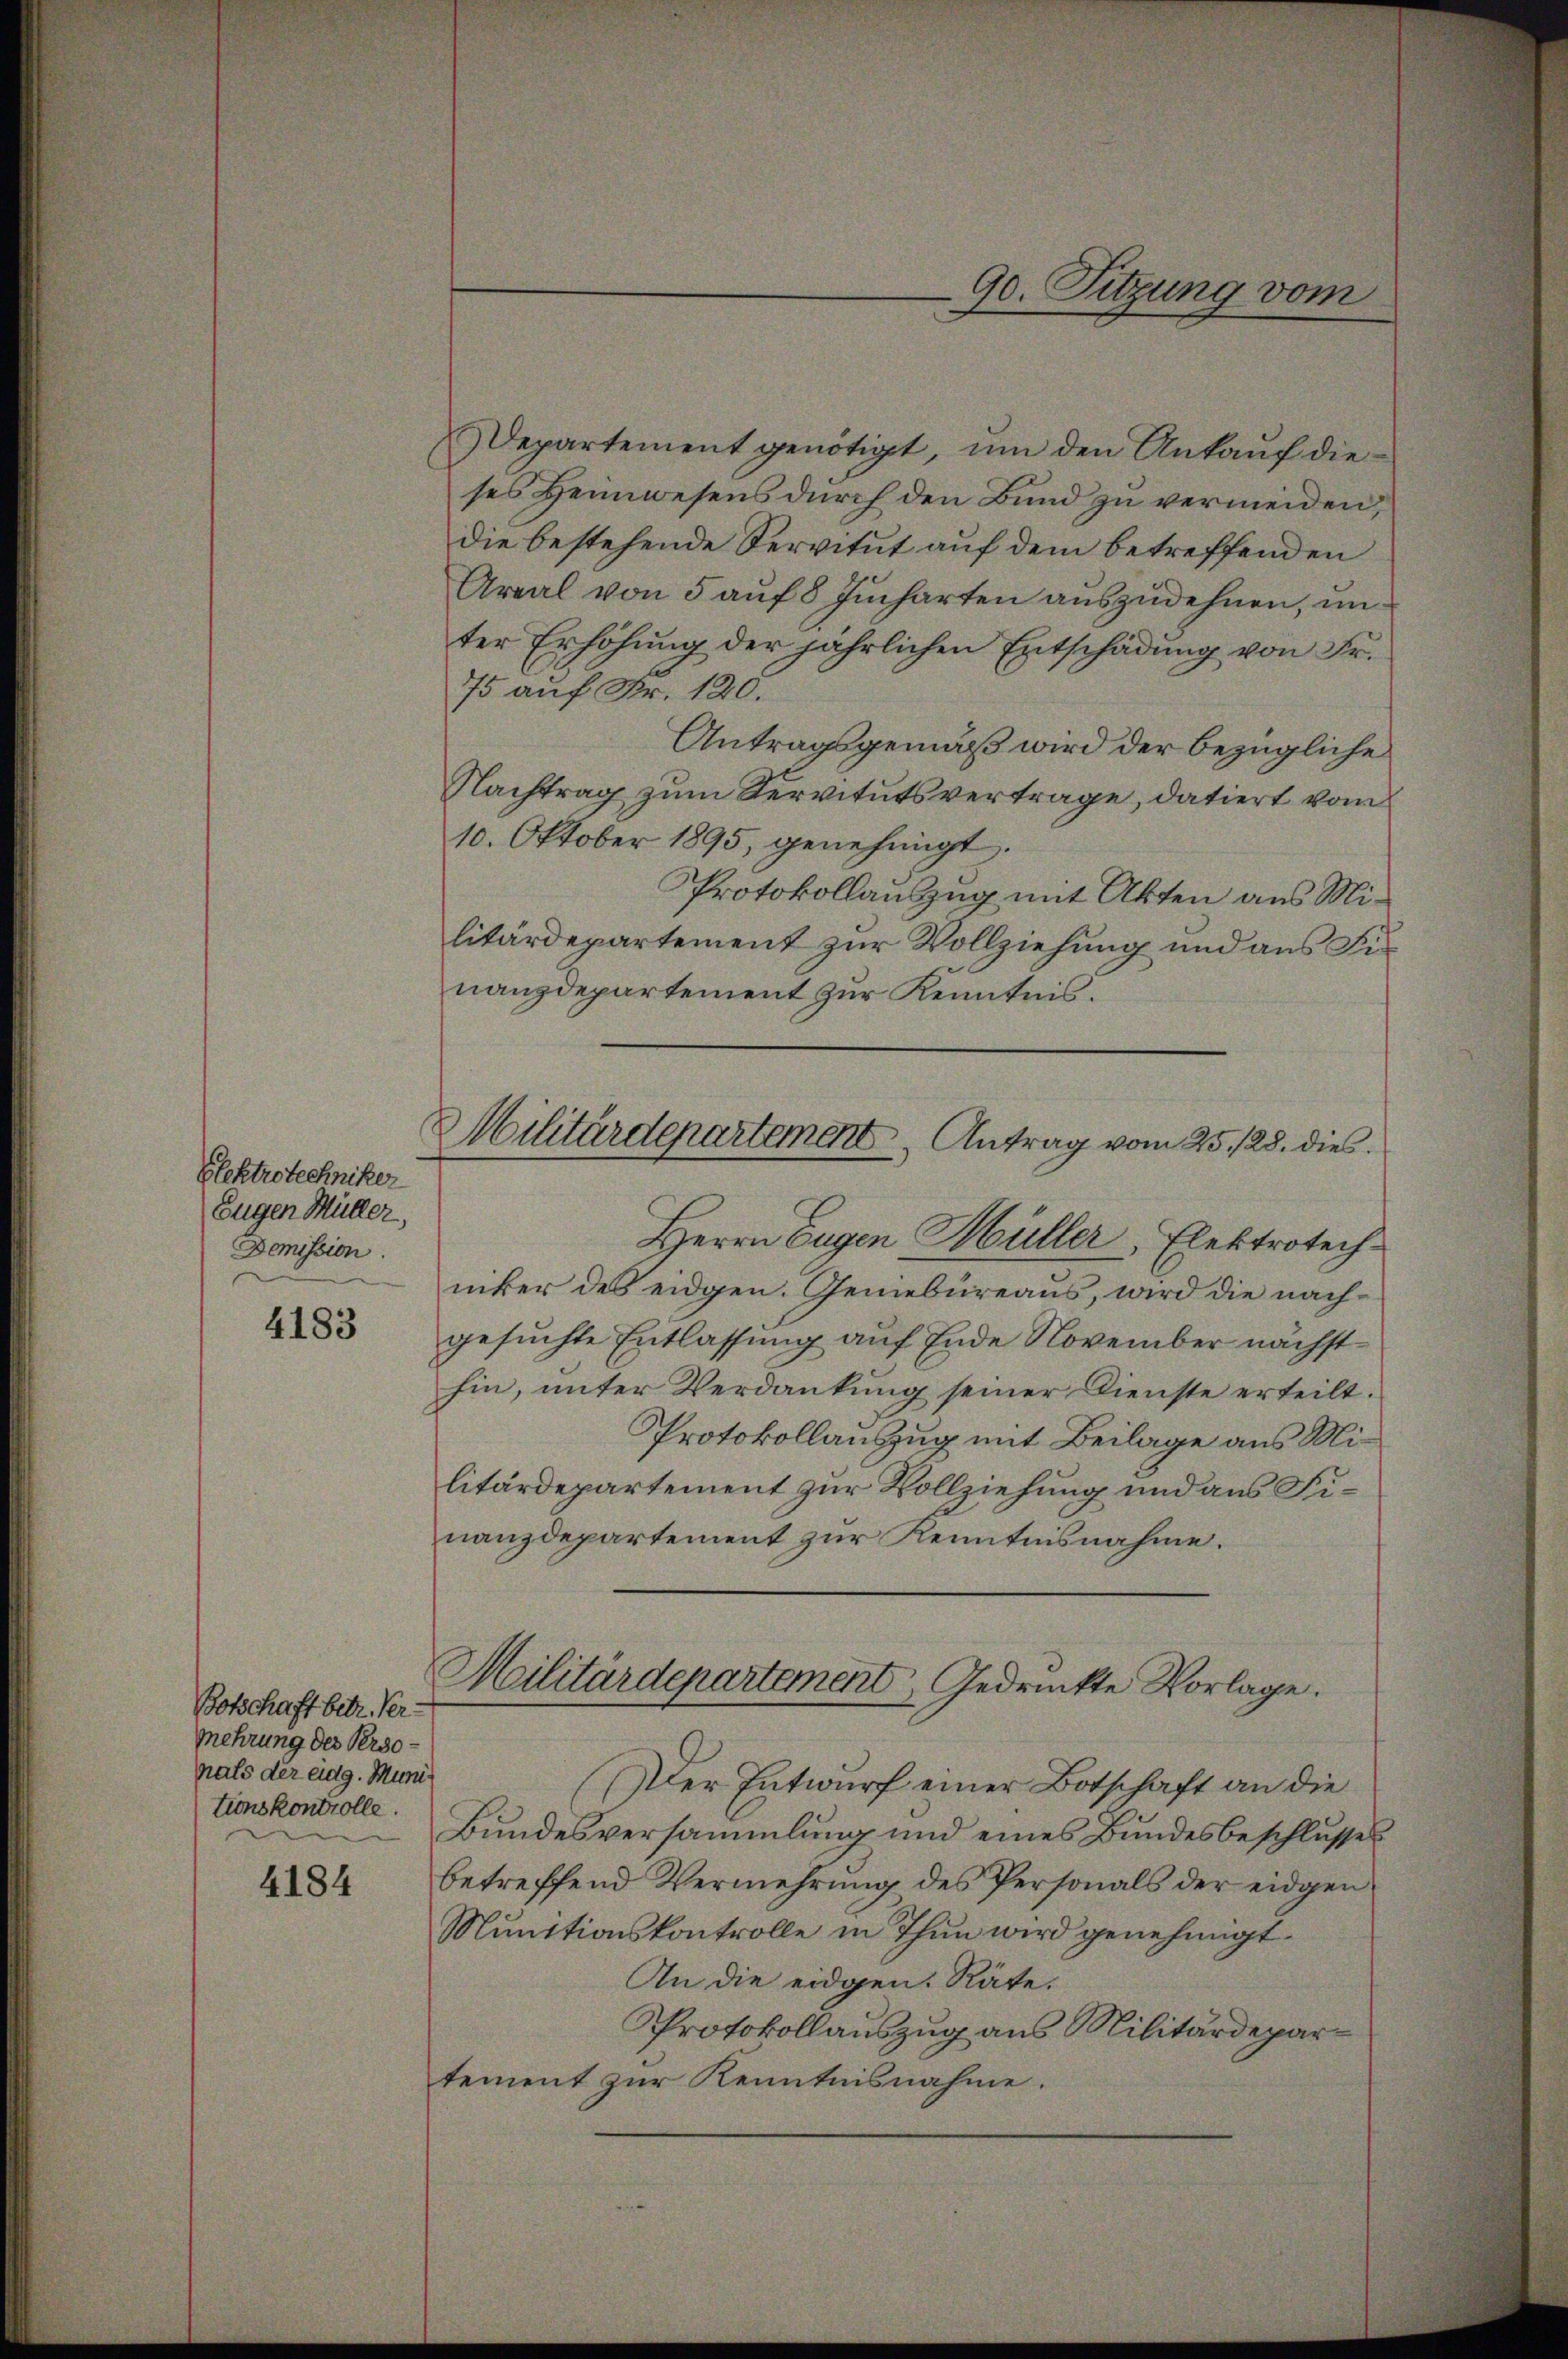
Blektrotechniker
Eugen Müller,
Demission.

4183

Botschaft betr. Ver-
Mehrung des Personats der eidg. Munitionskontrolle.

4184

Departement genötigt, ŭm den Ankaŭf dieses Heimwesens durch den Bund zu vermeiden,
die bestehende Servitut auf dem betreffenden
Areal von 5 auf 8 Jucharten auszudehnen, im
ter Erhöhung der jährlichen Entschadung von Fr.
75 auf Fr. 120.
Antragsgemäß wird der bezügliche
Nachtrag zum Servitutsvertrage, datiert vom
10. Oktober 1895, genehmigt.
Protokollauszug mit Akten aus Militärdepartement zur Vollziehung und aus Fis
nanzdepartement zur Kenntnis.
Herrn Eugen Müller, Elektrotech
ucker des eidgen. Geniebüreaus, wird die nachgesuchte Entlassung auf Ende November nächsthin, unter Verdankung seiner Dienste erteilt.
Protokollanzug mit Beilage aus Militärdepartement zur Vollziehung und aus Finanzdepartement zur Kenntnisnahme.
Militärdepartement, Gedruckte Vorlage.
(Der Entwurf einer Botschaft an die
Bundesversammlung und eines Bundesbeschlusses
betreffend Vermehrung des Personals der eidgen
Munitionskontrolle in Thun wird genehmigt.
An die eidgen. Räte.
Protokollauszug aus Militärdepartement zur Kenntnisnahme.

90. Sitzung vom

Militärdepartement Antrag vom 25. 128. dies